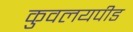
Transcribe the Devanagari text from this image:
कुवलयपीड